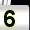
Digit: 5